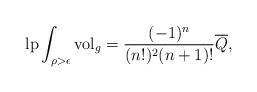
LaTeX: \begin{gather*}\operatorname{lp}\int_{\rho>\epsilon} \operatorname{vol}_g=\frac{(-1)^n}{(n!)^2(n+1)!}\overline{Q},\end{gather*}